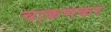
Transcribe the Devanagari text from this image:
चाकणकर